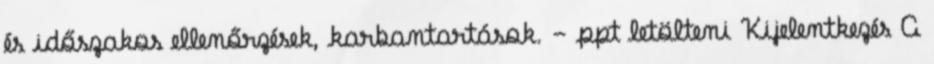
és időszakos ellenőrzések, karbantartások. - ppt letölteni Kijelentkezés A